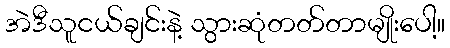
အဲဒီသူငယ်ချင်းနဲ့ သွားဆုံတတ်တာမျိုးပေါ့။